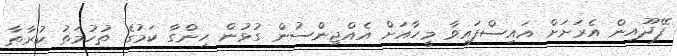
ފޭދޫއިން އެރަށަށް އައިސްފައިވާ މީހާއަށް އެއްޖިންސުން ގުޅުން ހިންގާ ކަމުގެެ ތުހުމަތު ކުރާތާ